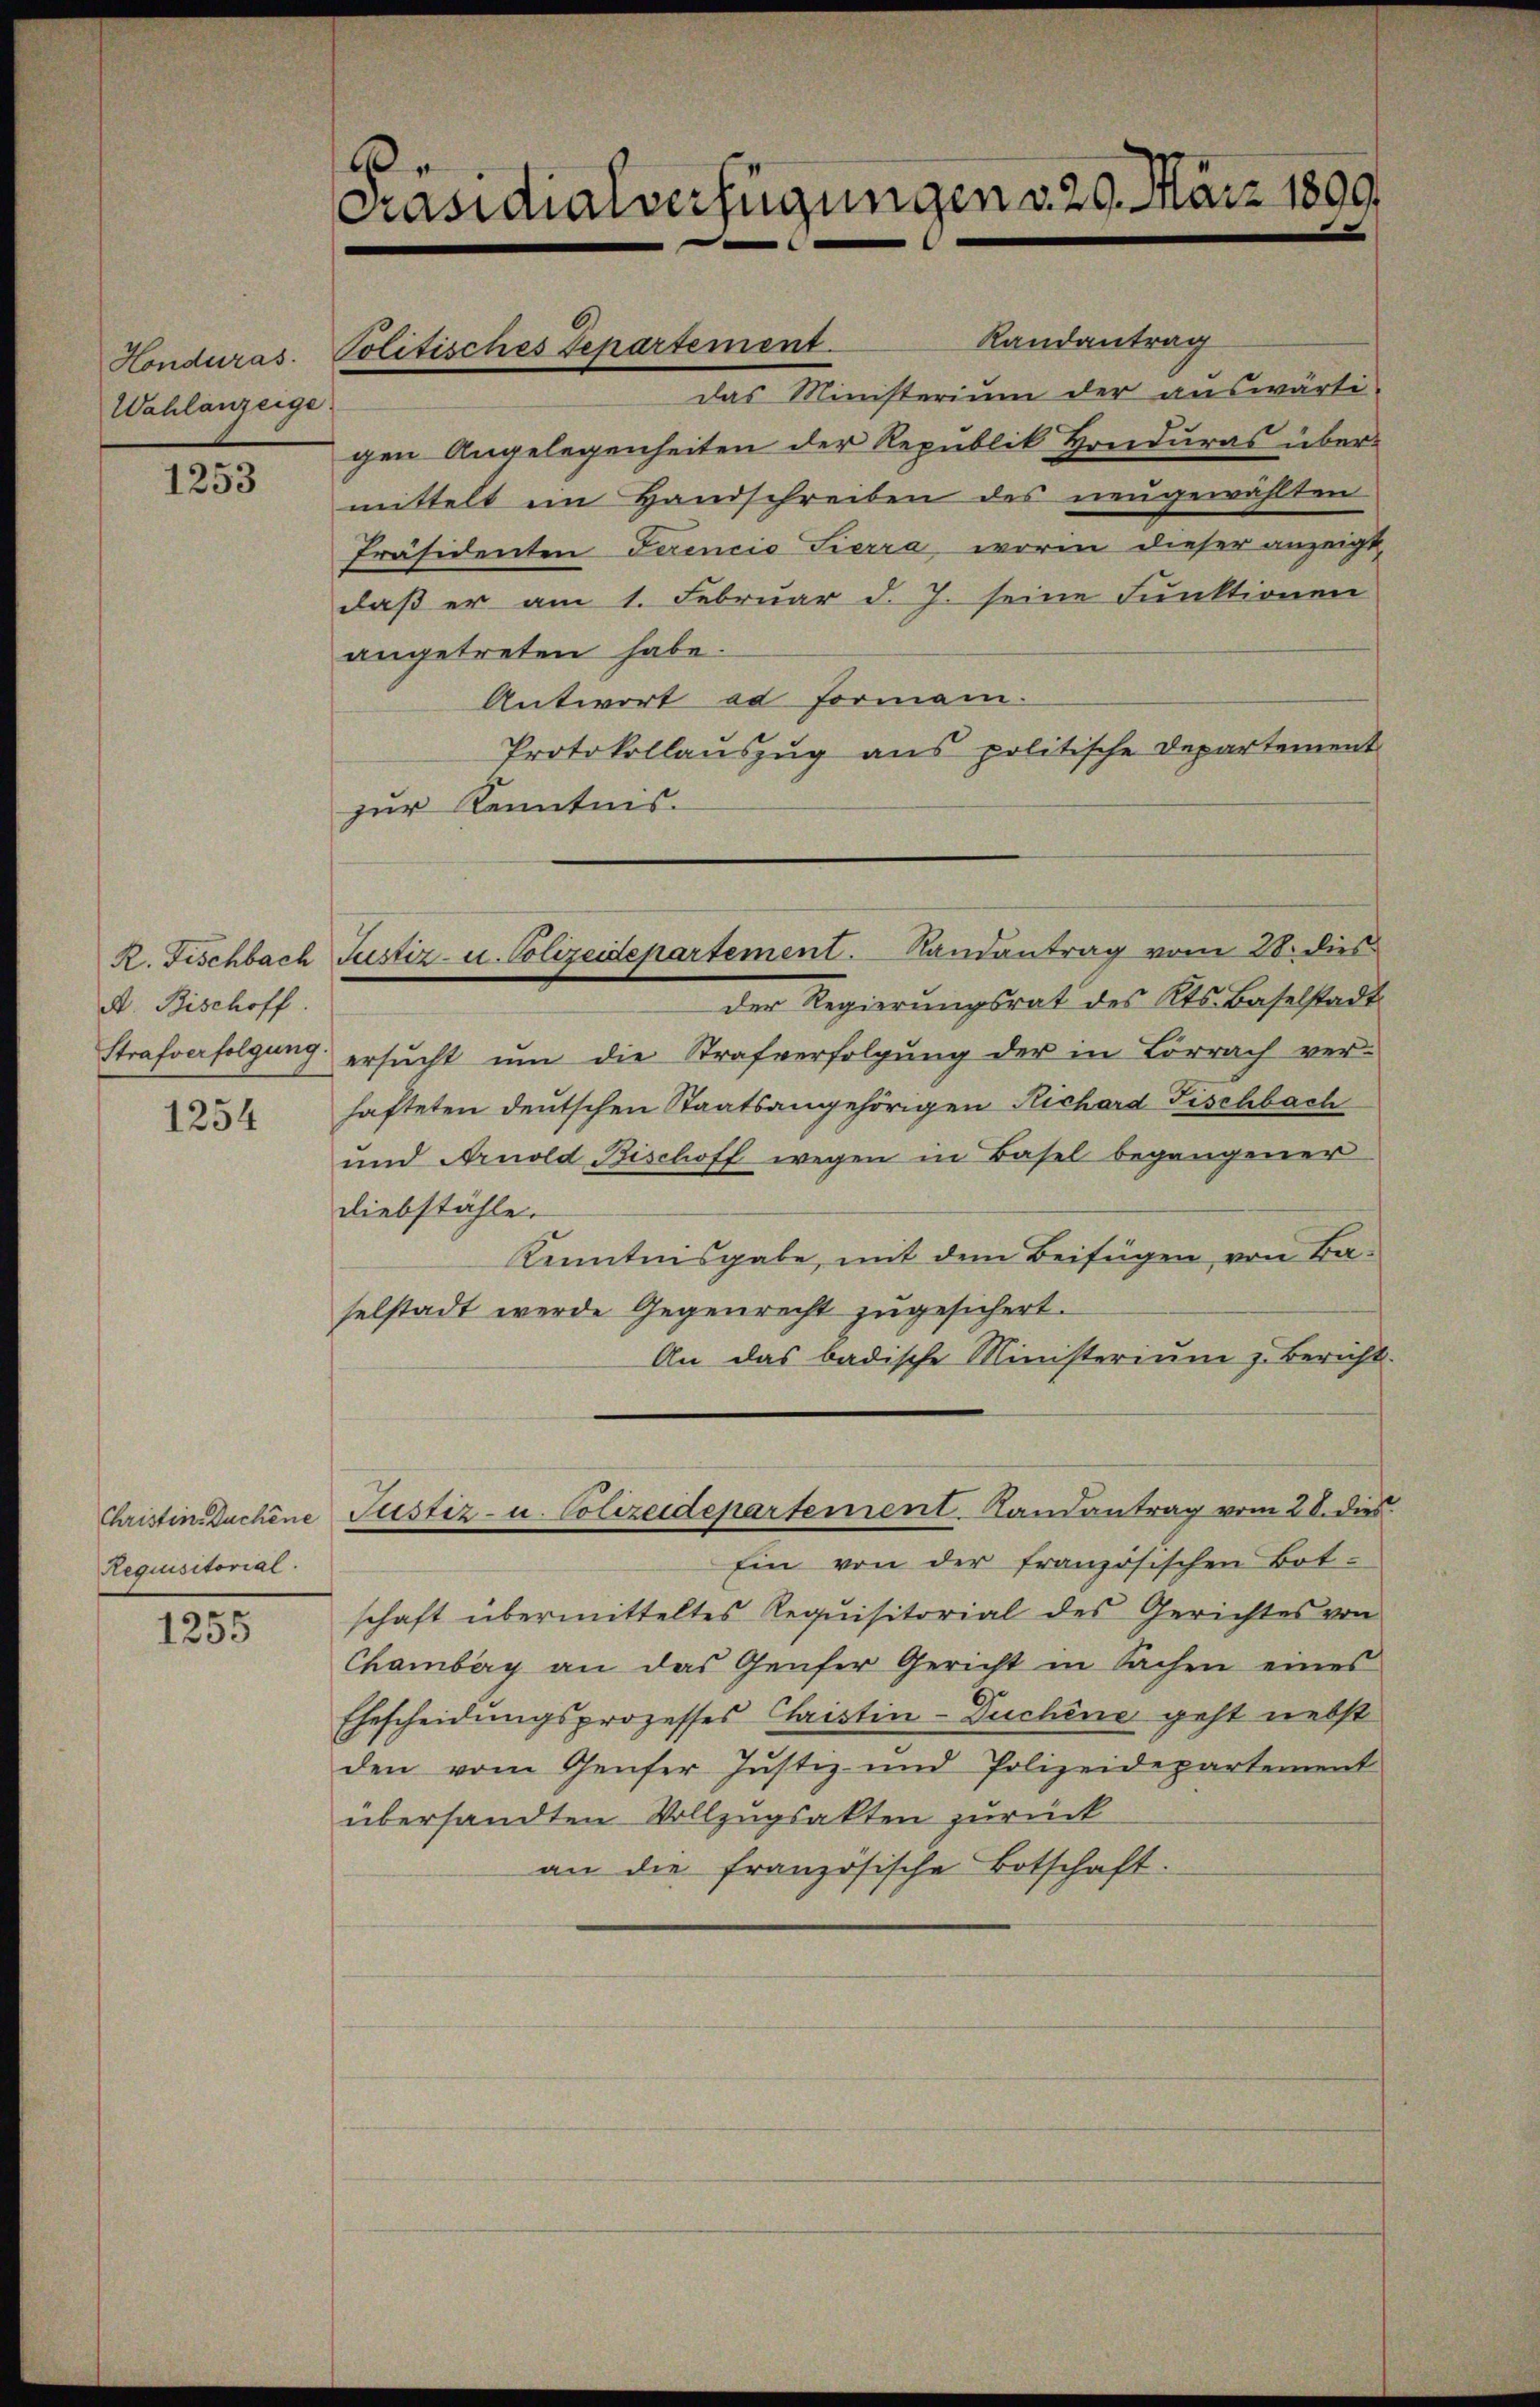
Honduras.
Wahlanzeige.

1253

R. Fischbach
A. Bischoff.
Strafverfolgung.

1254

Requisitorial.

1255

¬
Präsidialverfügungen v. 29. März 1899

Politisches Departement.

Justiz- u. Polizeidepartement. Randantrag vom 28. dies

das Ministerium der auswärti-
gen Angelegenheiten der Republik Honduras übermittelt ein Handschreiben des neugewählten
Präsidenten Serencio Sierra, worin dieser anzeigt,
daß er am 1. Februar d. J. seine Funktionen
angetreten habe.
Antwort ad Formani-
Protokollauszug aus politische Departement
zur Kenntnis.
der Regierungsrat des Kts. Baselstadt
ersŭcht ŭm die Strafverfolgŭng der in Lörrach ver-
hafteten deutschen Staatsangehörigen Richard Fischbach
und Arnold Bischoff wegen in Basel begangener
Diebstähle.
Kenntnisgabe, mit dem Beifügen, von Baselstadt werde Gegenrecht zugesichert.
An das badische Ministerium z. Bericht.
Christin Dachene Justiz- u. Colizeidepartement. Randantrag vom 28. dies
Ein von der französischen Botschaft übermitteltes Requisitorial des Gerichtes von
Chamberg an das Genfer Gericht in Sachen eines
Ehescheidungsprozesses Christin-Duchene geht nebst
den vom Genfer Justiz- und Polizeidepartement
übersandten Vollzugsakten zurück
an die französische Botschaft.